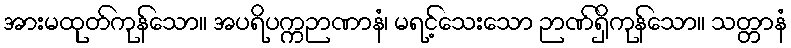
အားမထုတ်ကုန်သော။ အပရိပက္ကဉာဏာနံ၊ မရင့်သေးသော ဉာဏ်ရှိကုန်သော။ သတ္တာနံ